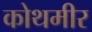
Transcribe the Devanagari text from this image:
कोथमीर